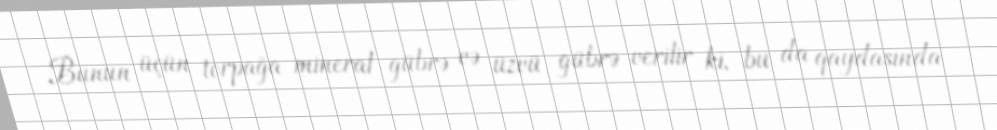
Bunun üçün torpağa mineral gübrə və üzvü gübrə verilir ki, bu da qaydasında